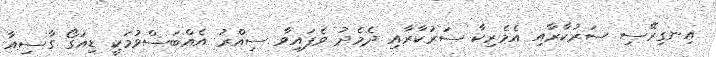
އިނގިރޭސި ސަރުކާރާއި އެމެރިކާ ސަރުކާރާއި ދެމެދު ވެފައިވާ ސިއްރު އެއްބަސްވުމަކީ ޑިއަގޯ ގާސިއާ